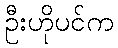
ဦးဟိုပင်က